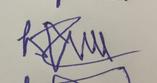
Signature authenticity: forged